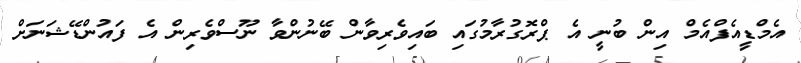
އެމްޑީއެފްއެމް އިން ބުނީ އެ ޕްރޮގުރާމުގައި ބައިވެރިވާން ބޭނުންވާ ނޫސްވެރިން އެ ފައުންޑޭޝަނަށް